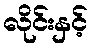
လိုင်းနှင့်